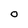
Character: O